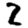
Digit: 2